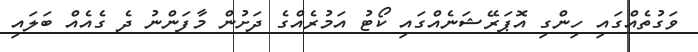
ވަގުތެއްގައި ހިންގި އޮޕަރޭޝަނެއްގައި ކޯޓު އަމުރެއްގެ ދަށުން މާފަންނު ދެ ގެއެއް ބަލައި